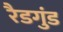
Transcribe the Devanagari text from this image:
रैडगुंड